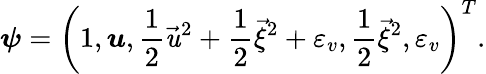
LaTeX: \boldsymbol{\psi}=\left(1,\boldsymbol{\mathit{u}},\frac{{1}}{{2}}{\vec{{\mathit{u}}}}^{2}+\frac{{1}}{{2}}{\vec{{\xi}}}^{2}+{\varepsilon_{v}},\frac{{1}}{{2}}{\vec{{\xi}}}^{2},{\varepsilon_{v}}\right)^{T}.